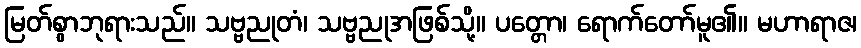
မြတ်စွာဘုရားသည်။ သဗ္ဗညုတံ၊ သဗ္ဗညုအဖြစ်သို့။ ပတ္တော၊ ရောက်တော်မူ၏။ မဟာရာဇ၊